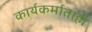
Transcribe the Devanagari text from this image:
कार्यकर्माताही